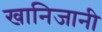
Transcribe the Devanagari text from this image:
खानिजानी